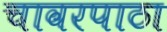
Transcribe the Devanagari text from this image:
चावरपाठा